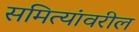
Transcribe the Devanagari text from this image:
समित्यांवरील